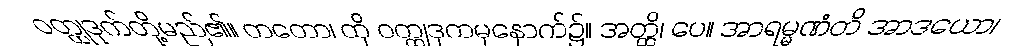
ဝတ္ထုဒုက်တို့မည်၏။ တတော၊ ထို ဝတ္ထုဒုကမှနောက်၌။ အတ္ထိ၊ ပေ။ အာရမ္မဏံတိ အာဒယော၊